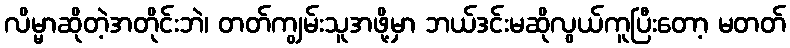
လိမ္မာဆိုတဲ့အတိုင်းဘဲ၊ တတ်ကျွမ်းသူအဖို့မှာ ဘယ်ဒင်းမဆိုလွယ်ကူပြီးတော့ မတတ်